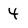
Character: 4